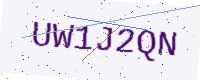
Text: UW1J2QN